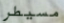
مسيطر